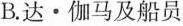
B.达·伽马及船员